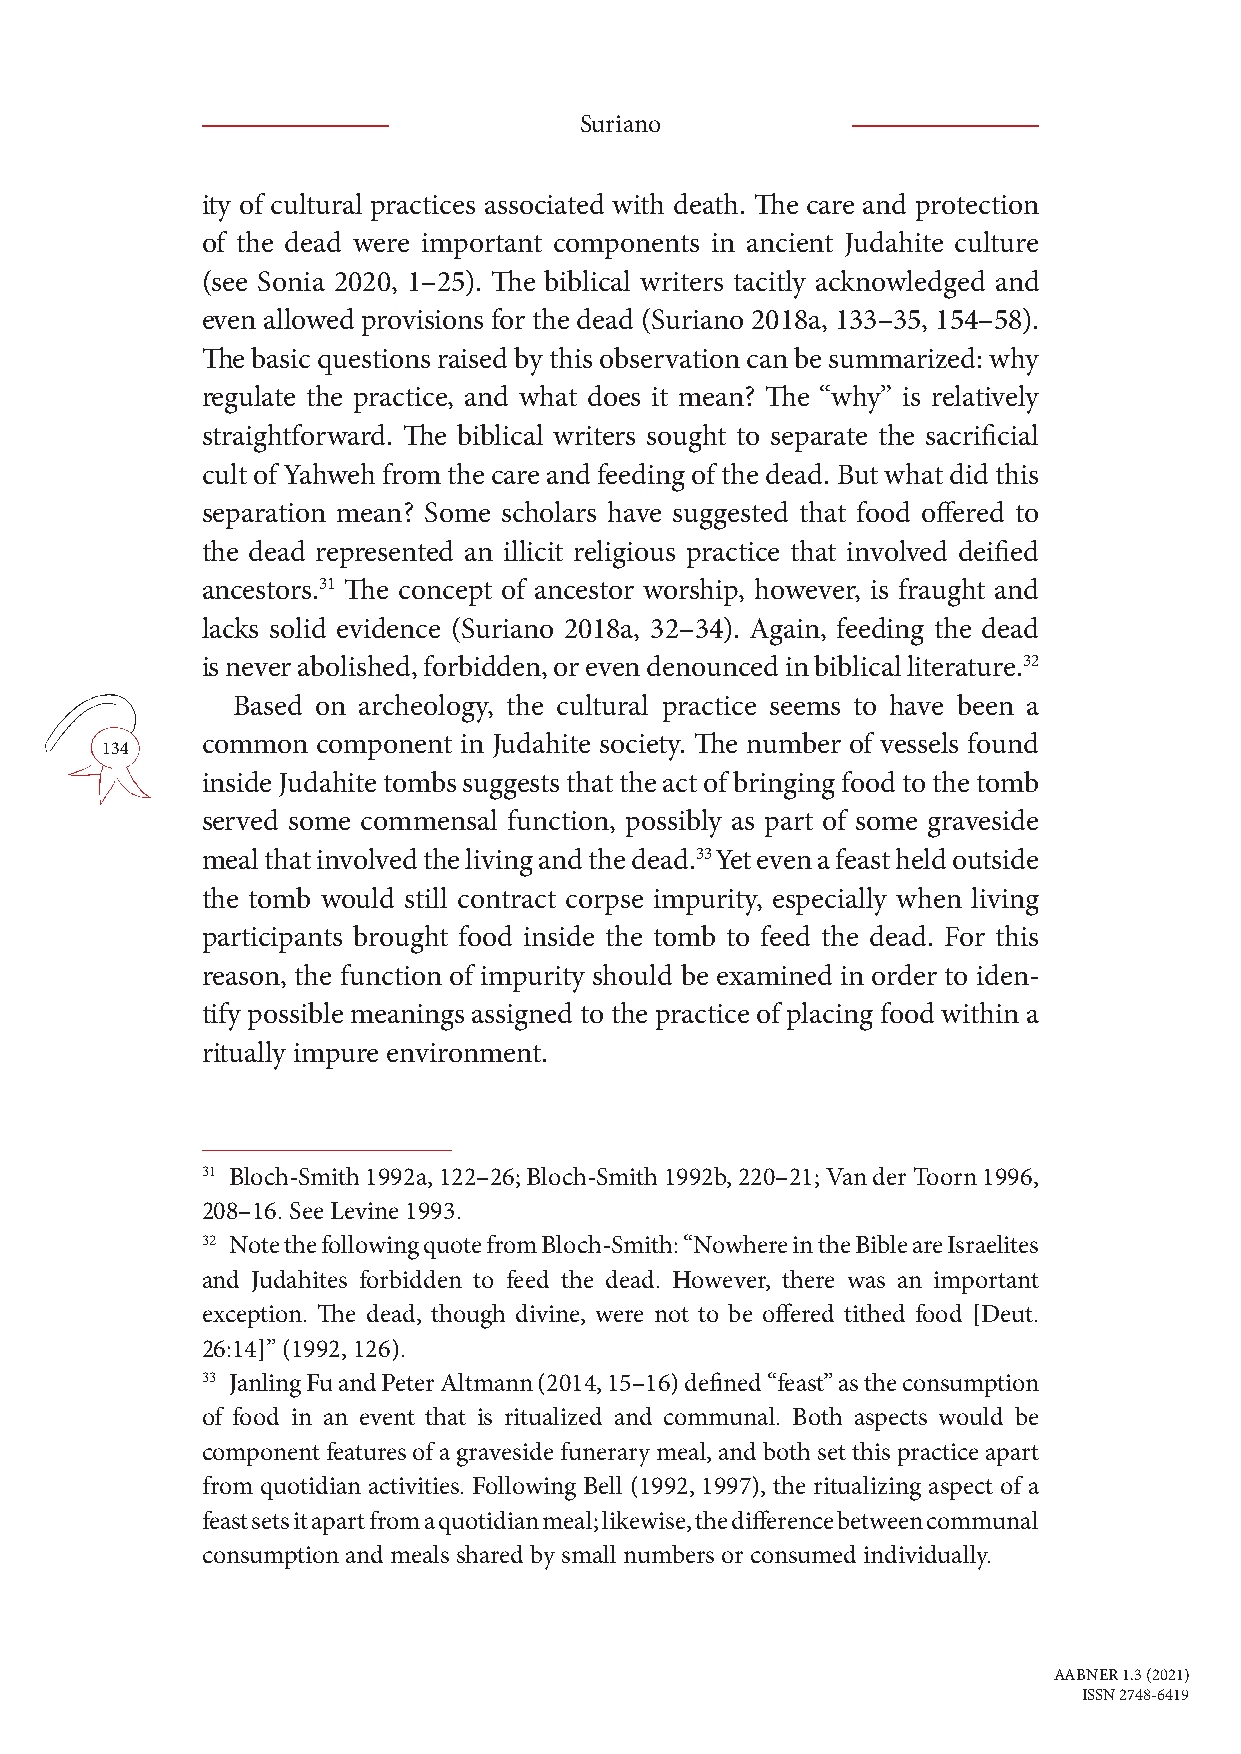
Suriano
 ity of cultural practices associated with death. The care and protection
 of the dead were important components in ancient Judahite culture
 (see Sonia 2020, 1–25). The biblical writers tacitly acknowledged and
 even allowed provisions for the dead (Suriano 2018a, 133–35, 154–58).
 The basic questions raised by this observation can be summarized: why
 regulate the practice, and what does it mean? The “why” is relatively
 straightforward. The biblical writers sought to separate the sacrificial
 cult of Yahweh from the care and feeding of the dead. But what did this
 separation mean? Some scholars have suggested that food offered to
 the dead represented an illicit religious practice that involved deified
 ancestors.31 The concept of ancestor worship, however, is fraught and
 lacks solid evidence (Suriano 2018a, 32–34). Again, feeding the dead
 is never abolished, forbidden, or even denounced in biblical literature.32
 Based on archeology, the cultural practice seems to have been a
 common  component in Judahite society. The number of vessels found
 134
 inside Judahite tombs suggests that the act of bringing food to the tomb
 served some commensal function, possibly as part of some graveside
 meal that involved the living and the dead.33 Yet even a feast held outside
 the tomb would still contract corpse impurity, especially when living
 participants brought food inside the tomb to feed the dead. For this
 reason, the function of impurity should be examined in order to iden-
 tify possible meanings assigned to the practice of placing food within a
 ritually impure environment.
 31 Bloch-Smith 1992a, 122–26; Bloch-Smith 1992b, 220–21; Van der Toorn 1996,
 208–16. See Levine 1993.
 32 Note the following quote from Bloch-Smith: “Nowhere in the Bible are Israelites
 and Judahites forbidden to feed the dead. However, there was an important
 exception. The dead, though divine, were not to be offered tithed food [Deut.
 26:14]” (1992, 126).
 33 Janling Fu and Peter Altmann (2014, 15–16) defined “feast” as the consumption
 of food in an event that is ritualized and communal. Both aspects would be
 component features of a graveside funerary meal, and both set this practice apart
 from quotidian activities. Following Bell (1992, 1997), the ritualizing aspect of a
 feast sets it apart from a quotidian meal; likewise, the difference between communal
 consumption and meals shared by small numbers or consumed individually.
 AABNER 1.3 (2021)
 ISSN 2748-6419